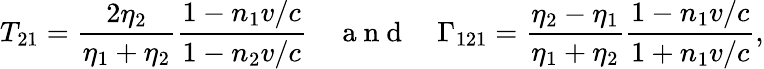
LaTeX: T_{21}=\frac{2\eta_{2}}{\eta_{1}+\eta_{2}}\frac{1-n_{1}v/c}{1-n_{2}v/c}\quad\mathrm{~a~n~d~}\quad\Gamma_{121}=\frac{\eta_{2}-\eta_{1}}{\eta_{1}+\eta_{2}}\frac{1-n_{1}v/c}{1+n_{1}v/c},